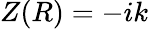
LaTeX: Z(R)=-ik